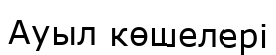
Ауыл көшелері